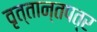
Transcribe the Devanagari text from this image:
वृत्तान्तपत्र